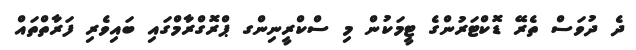
ދެ ދުވަސް ތެރޭ ޑޮކްޓަރުންގެ ޓީމަކުން މި ސްކްރީނިންގ ޕްރޮގްރާމްގައި ބައިވެރި ފަރާތްތައް